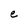
Character: e